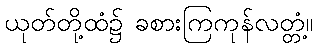
ယုတ်တို့ထံ၌ ခစားကြကုန်လတ္တံ့။